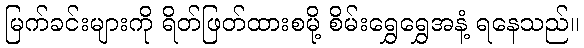
မြက်ခင်းများကို ရိတ်ဖြတ်ထားစမို့ စိမ်းရွှေရွှေအနံ့ ရနေသည်။